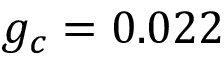
g _ { c } = 0 . 0 2 2